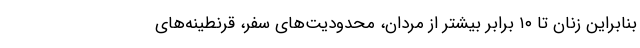
بنابراین زنان تا ۱۰ برابر بیشتر از مردان، محدودیت‌های سفر، قرنطینه‌های